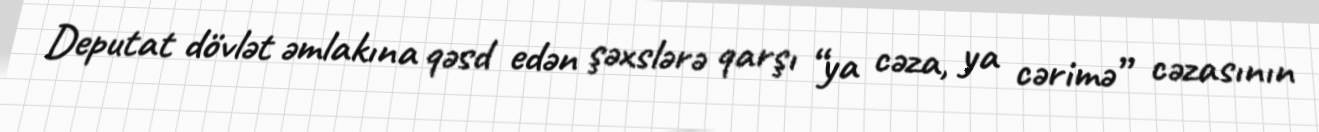
Deputat dövlət əmlakına qəsd edən şəxslərə qarşı “ya cəza, ya cərimə” cəzasının